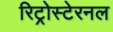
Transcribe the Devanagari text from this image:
रिट्रोस्टेरनल